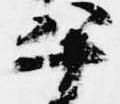
平